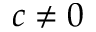
c \neq 0